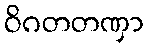
ဝိဂတတဏှာ